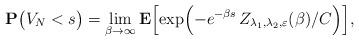
LaTeX: \begin{align*}{\bf P} \bigl(V_N < s \bigr) = \lim\limits_{\beta\rightarrow \infty} {\bf E}\Bigl[\exp\Bigl(-e^{-\beta s}\,Z_{\lambda_1,\lambda_2,\varepsilon}(\beta)/C\Bigr)\Bigr],\end{align*}